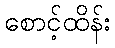
စောင့်ထိန်း